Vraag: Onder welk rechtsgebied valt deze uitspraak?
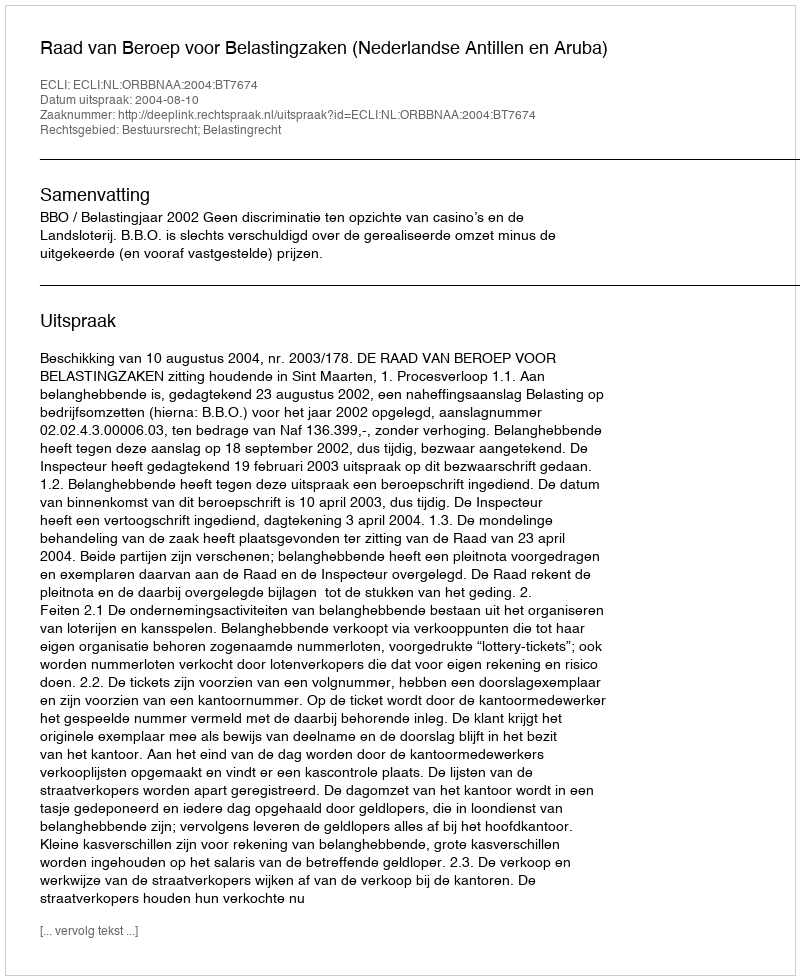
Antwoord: Bestuursrecht; Belastingrecht